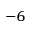
^ { - 6 }